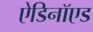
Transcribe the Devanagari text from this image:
ऐडिनॉएड